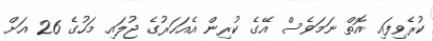
ކުރެވިފައި އޮތް ނަމަވެސް އޭގެ ކުރިން އެއަހަރުގެ ޖުލައި މަހުގެ 26 އަށް